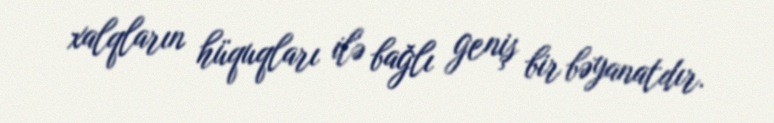
xalqların hüquqları ilə bağlı geniş bir bəyanatdır.